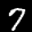
Label: 7